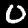
Label: 0